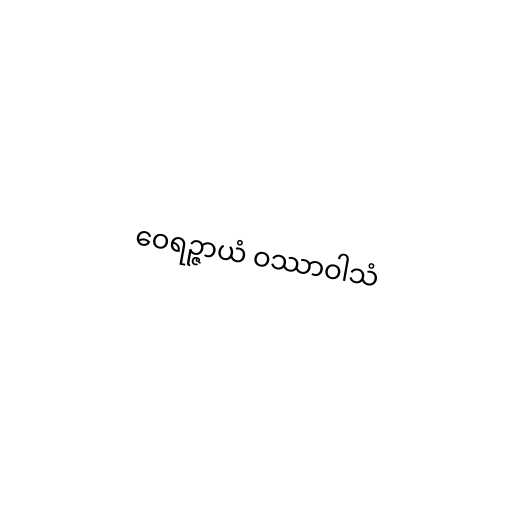
ဝေရဉ္ဇာယံ ဝဿာဝါသံ